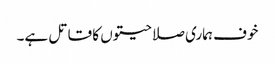
خوف ہماری صلاحیتوں کا قاتل ہے۔